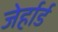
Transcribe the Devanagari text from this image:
जेर्हार्ड